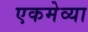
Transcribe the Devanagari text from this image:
एकमेव्या